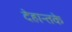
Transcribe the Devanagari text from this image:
देहान्तके